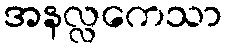
အနလ္လကေသာ